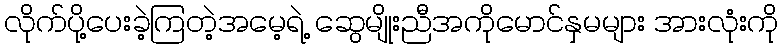
လိုက်ပို့ပေးခဲ့ကြတဲ့အမေ့ရဲ့ ဆွေမျိုးညီအကိုမောင်နှမများ အားလုံးကို